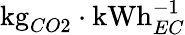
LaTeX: \mathrm{kg}_{CO2}\cdot\mathrm{kWh}_{EC}^{-1}